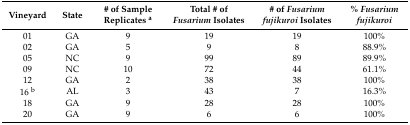
<table><thead><tr><td><b>Vineyard</b></td><td><b>State</b></td><td><b># of Sample Replicates <sup>a</sup></b></td><td><b>Total # of <i>Fusarium</i> Isolates</b></td><td><b># of <i>Fusarium fujikuroi</i> Isolates</b></td><td><b>% <i>Fusarium fujikuroi</i></b></td></tr></thead><tbody><tr><td>01</td><td>GA</td><td>9</td><td>19</td><td>19</td><td>100%</td></tr><tr><td>02</td><td>GA</td><td>5</td><td>9</td><td>8</td><td>88.9%</td></tr><tr><td>05</td><td>NC</td><td>9</td><td>99</td><td>89</td><td>89.9%</td></tr><tr><td>09</td><td>NC</td><td>10</td><td>72</td><td>44</td><td>61.1%</td></tr><tr><td>12</td><td>GA</td><td>2</td><td>38</td><td>38</td><td>100%</td></tr><tr><td>16 <sup>b</sup></td><td>AL</td><td>3</td><td>43</td><td>7</td><td>16.3%</td></tr><tr><td>18</td><td>GA</td><td>9</td><td>28</td><td>28</td><td>100%</td></tr><tr><td>20</td><td>GA</td><td>9</td><td>6</td><td>6</td><td>100%</td></tr></tbody></table>